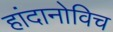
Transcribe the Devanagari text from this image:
हांदानोविच